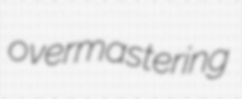
overmastering